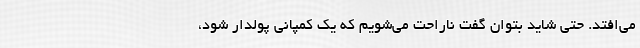
می‌افتد. حتی شاید بتوان گفت ناراحت می‌شویم که یک کمپانی پولدار شود،